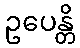
ဥပေန္တိ